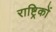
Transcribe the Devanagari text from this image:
राष्ट्रिकों